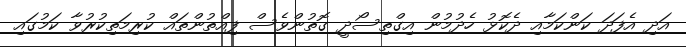
އަދި އެފަދަ ކަންކަމާއި ދެކޮޅު ހެދުމުން އިގްތިސޯދީ ގޮތުންވެސް ފިއްތުންތައް ކުރިމަތިކުރުވާ ކަމުގަައި